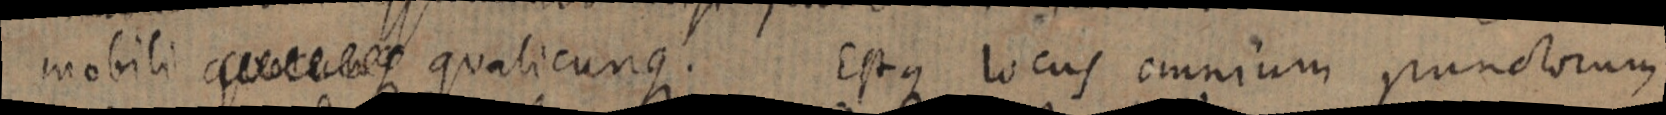
mobili quotertaes qualicunque. Est que locus omnium punctorum